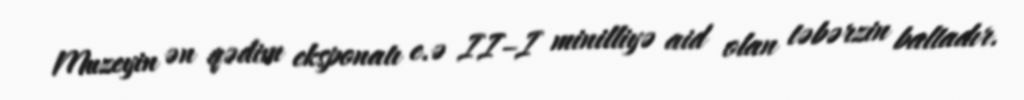
Muzeyin ən qədim eksponatı e.ə II–I minilliyə aid olan təbərzin baltadır.